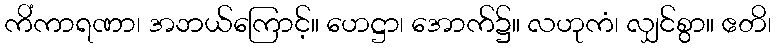
ကိံကာရဏာ၊ အဘယ်ကြောင့်။ ဟေဋ္ဌာ၊ အောက်၌။ လဟုကံ၊ လျှင်စွာ။ ဧတိ၊